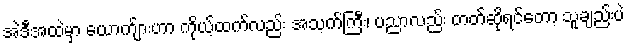
အဲဒီအထဲမှာ ယောက်ျားဟာ ကိုယ့်ထက်လည်း အသက်ကြီး၊ ပညာလည်း တတ်ဆိုရင်တော့ သူချည်းပဲ